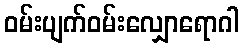
ဝမ်းပျက်ဝမ်းလျှောရောဂါ